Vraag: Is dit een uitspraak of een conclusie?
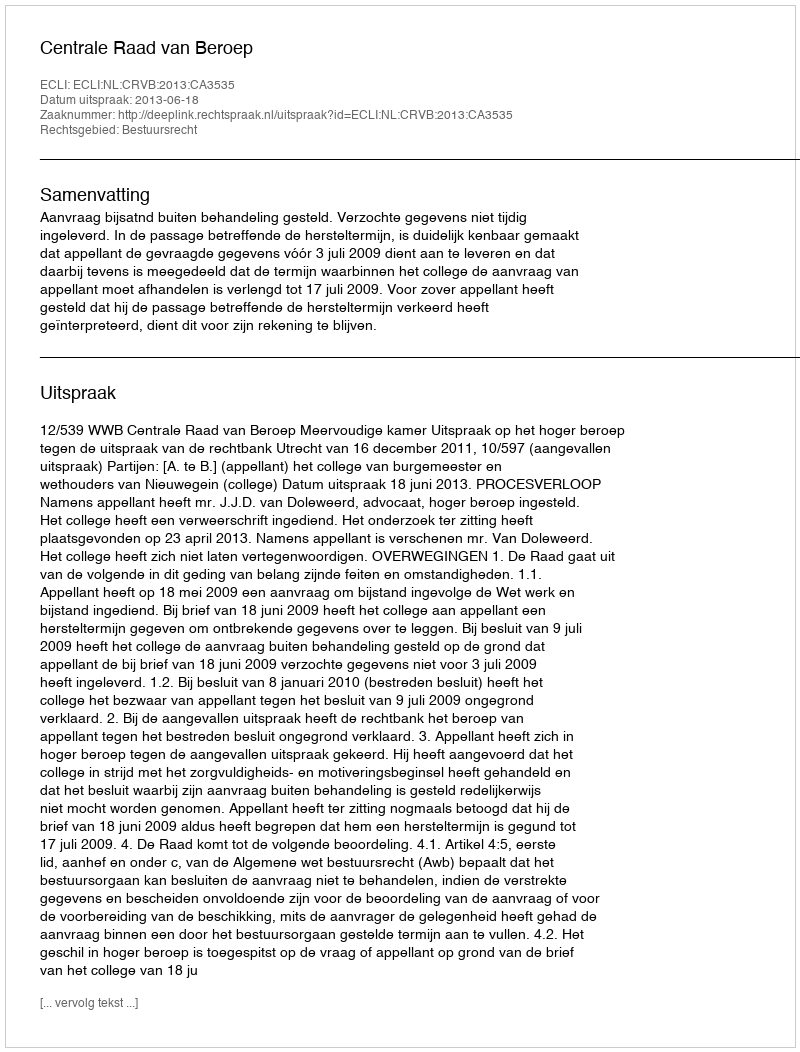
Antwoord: Uitspraak